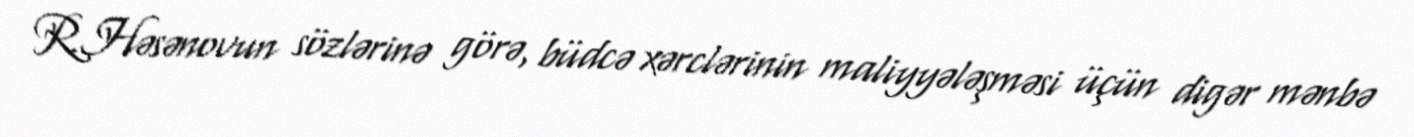
R.Həsənovun sözlərinə görə, büdcə xərclərinin maliyyələşməsi üçün digər mənbə